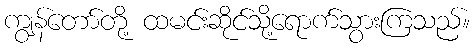
ကျွန်တော်တို့ ထမင်းဆိုင်သို့ရောက်သွားကြသည်။